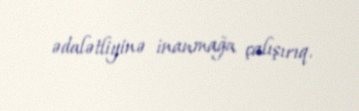
ədalətliyinə inanmağa çalışırıq.